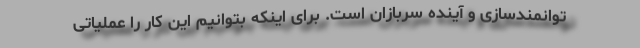
توانمندسازی و آینده سربازان است. برای اینکه بتوانیم این کار را عملیاتی